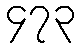
၄၇၃